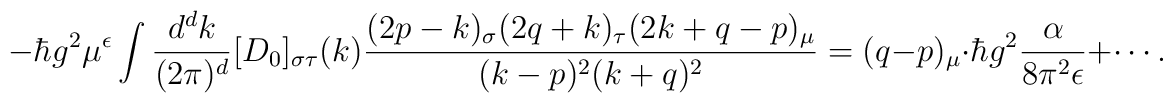
- \hbar g^2 \mu^\epsilon\int\frac{d^d k}{(2\pi)^d} [D_0]_{\sigma\tau}(k)\frac{(2p-k)_\sigma (2q+k)_\tau (2k+q-p)_\mu}{(k-p)^2 (k+q)^2}= (q-p)_\mu\cdot\hbar g^2 \frac{\alpha}{8 \pi^2\epsilon} + \cdots .